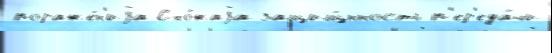
пораже́н'иjа Схо́жаjа защищ́нность п'ер'еда́чи